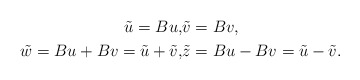
\begin{align*}\tilde{u}=Bu, &\tilde{v}=Bv,\\ \tilde{w}=Bu+Bv=\tilde{u}+\tilde{v},&\tilde{z}=Bu-Bv=\tilde{u}-\tilde{v}.\end{align*}